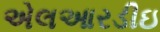
એલઆરડીઇ